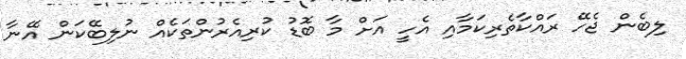
ލިބެން ޖެހޭ ރައްކާތެރިކަމާއި އެހީ އަށް މާ ބޮޑު ކުރިއެރުންތަކެއް ނުލިބޭކަން އޭނާ